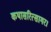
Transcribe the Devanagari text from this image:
कथासरित्सागर।